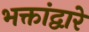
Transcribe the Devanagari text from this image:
भक्तांद्वारे